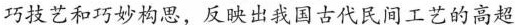
巧技艺和巧妙构思，反映出我国古代民间工艺的高超